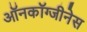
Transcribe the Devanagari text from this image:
ऑनकॉग्जीनेस